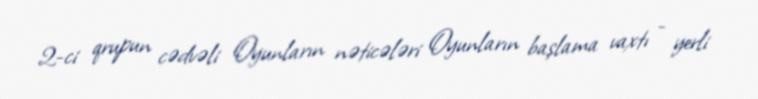
2-ci qrupun cədvəli Oyunların nəticələri Oyunların başlama vaxtı - yerli